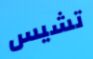
تشيس